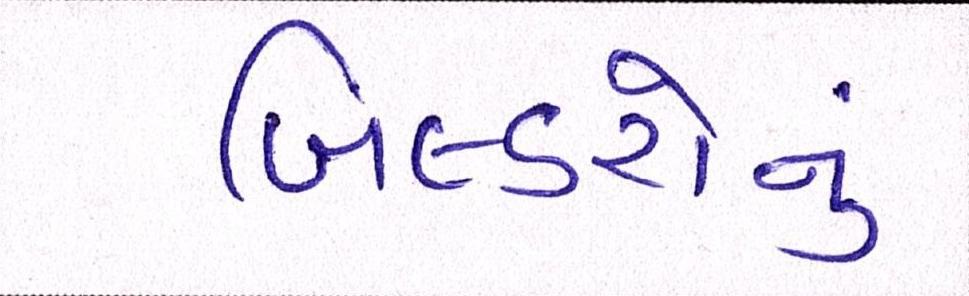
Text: બિલ્ડરોનું